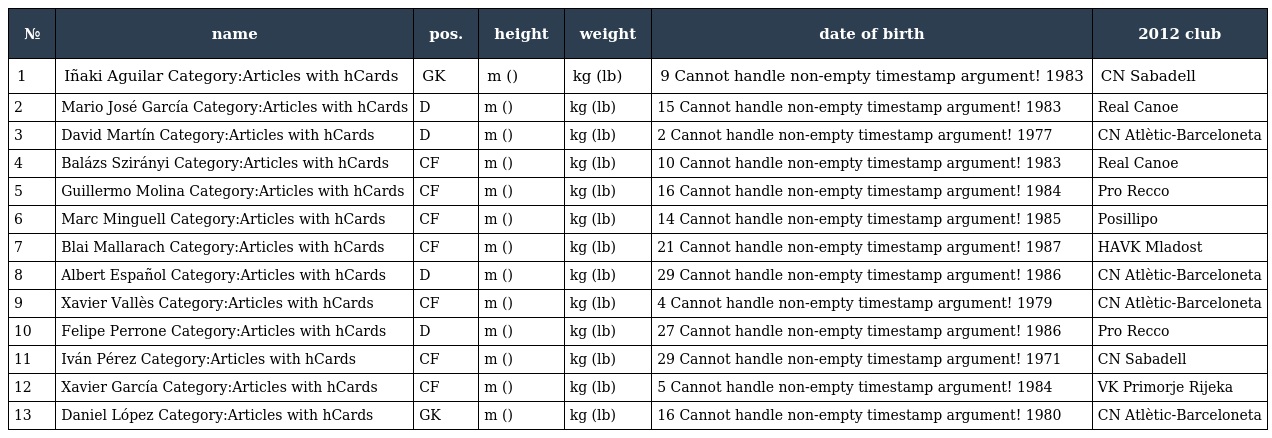
| № | name | pos. | height | weight | date of birth | 2012 club |
 | --- | --- | --- | --- | --- | --- | --- |
 | 1 | Iñaki Aguilar Category:Articles with hCards | GK | m () | kg (lb) | 9 Cannot handle non-empty timestamp argument! 1983 | CN Sabadell |
 | 2 | Mario José García Category:Articles with hCards | D | m () | kg (lb) | 15 Cannot handle non-empty timestamp argument! 1983 | Real Canoe |
 | 3 | David Martín Category:Articles with hCards | D | m () | kg (lb) | 2 Cannot handle non-empty timestamp argument! 1977 | CN Atlètic-Barceloneta |
 | 4 | Balázs Szirányi Category:Articles with hCards | CF | m () | kg (lb) | 10 Cannot handle non-empty timestamp argument! 1983 | Real Canoe |
 | 5 | Guillermo Molina Category:Articles with hCards | CF | m () | kg (lb) | 16 Cannot handle non-empty timestamp argument! 1984 | Pro Recco |
 | 6 | Marc Minguell Category:Articles with hCards | CF | m () | kg (lb) | 14 Cannot handle non-empty timestamp argument! 1985 | Posillipo |
 | 7 | Blai Mallarach Category:Articles with hCards | CF | m () | kg (lb) | 21 Cannot handle non-empty timestamp argument! 1987 | HAVK Mladost |
 | 8 | Albert Español Category:Articles with hCards | D | m () | kg (lb) | 29 Cannot handle non-empty timestamp argument! 1986 | CN Atlètic-Barceloneta |
 | 9 | Xavier Vallès Category:Articles with hCards | CF | m () | kg (lb) | 4 Cannot handle non-empty timestamp argument! 1979 | CN Atlètic-Barceloneta |
 | 10 | Felipe Perrone Category:Articles with hCards | D | m () | kg (lb) | 27 Cannot handle non-empty timestamp argument! 1986 | Pro Recco |
 | 11 | Iván Pérez Category:Articles with hCards | CF | m () | kg (lb) | 29 Cannot handle non-empty timestamp argument! 1971 | CN Sabadell |
 | 12 | Xavier García Category:Articles with hCards | CF | m () | kg (lb) | 5 Cannot handle non-empty timestamp argument! 1984 | VK Primorje Rijeka |
 | 13 | Daniel López Category:Articles with hCards | GK | m () | kg (lb) | 16 Cannot handle non-empty timestamp argument! 1980 | CN Atlètic-Barceloneta |